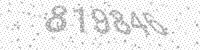
Solution: 819846